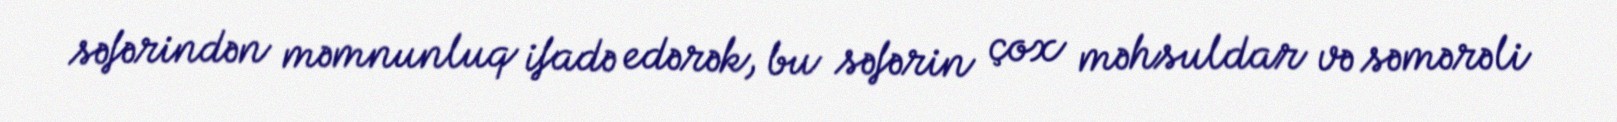
səfərindən məmnunluq ifadə edərək, bu səfərin çox məhsuldar və səmərəli